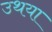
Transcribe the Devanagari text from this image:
उथया